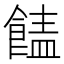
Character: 䭍